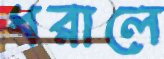
ধরালে